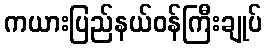
ကယားပြည်နယ်ဝန်ကြီးချုပ်